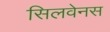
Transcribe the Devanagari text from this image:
सिलवेनस